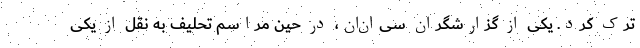
ترک کرد. یکی از گزارشگران سی‌ان‌ان، در حین مراسم تحلیف به نقل از یکی